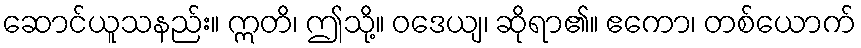
ဆောင်ယူသနည်း။ ဣတိ၊ ဤသို့။ ဝဒေယျ၊ ဆိုရာ၏။ ဧကော၊ တစ်ယောက်